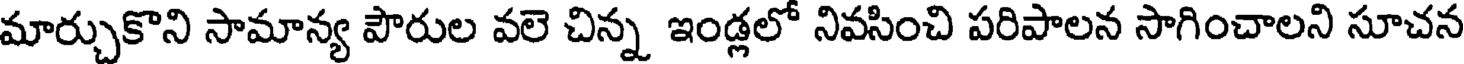
మార్చుకొని సామాన్య పౌరుల వలె చిన్న ఇండ్లలో నివసించి పరిపాలన సాగించాలని సూచన